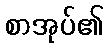
စာအုပ်၏